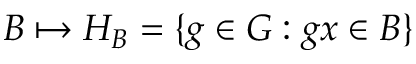
B \mapsto H _ { B } = \{ g \in G : g x \in B \}